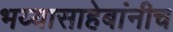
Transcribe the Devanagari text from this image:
भय्यासाहेबांनीच